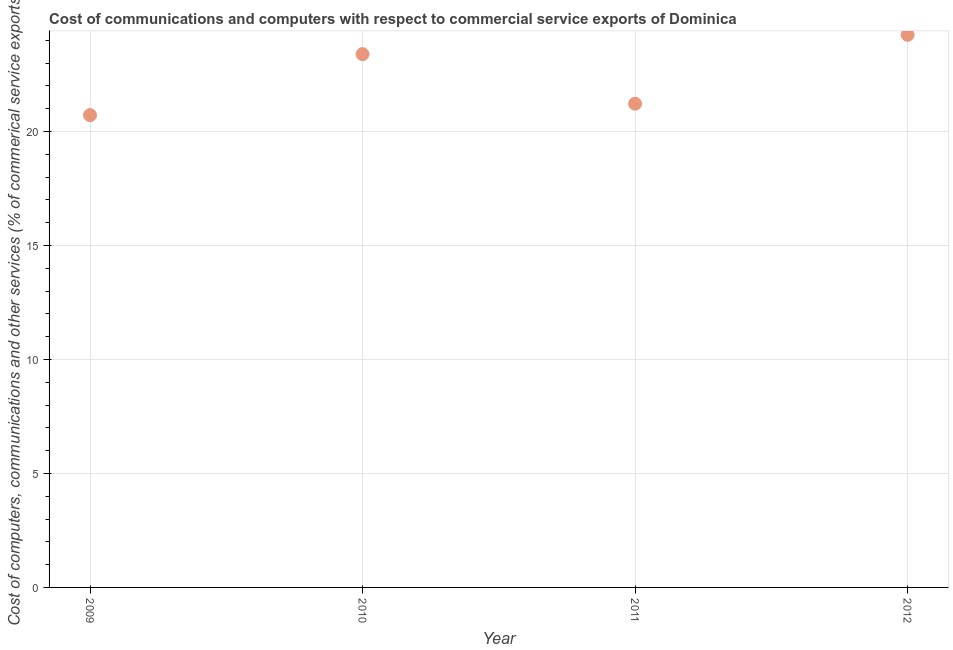
| Year | Computer |
 | --- | --- |
 | 2009 | 20.7 |
 | 2010 | 23.4 |
 | 2011 | 21.2 |
 | 2012 | 24.2 |